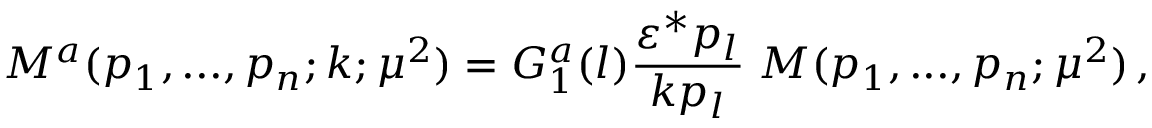
{ \cal M } ^ { a } ( p _ { 1 } , . . . , p _ { n } ; k ; \mu ^ { 2 } ) = G _ { 1 } ^ { a } ( l ) \frac { \varepsilon ^ { * } p _ { l } } { k p _ { l } } \; { \cal M } ( p _ { 1 } , . . . , p _ { n } ; \mu ^ { 2 } ) \, ,